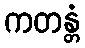
ကတန္တံ